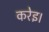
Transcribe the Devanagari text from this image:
करेइ।